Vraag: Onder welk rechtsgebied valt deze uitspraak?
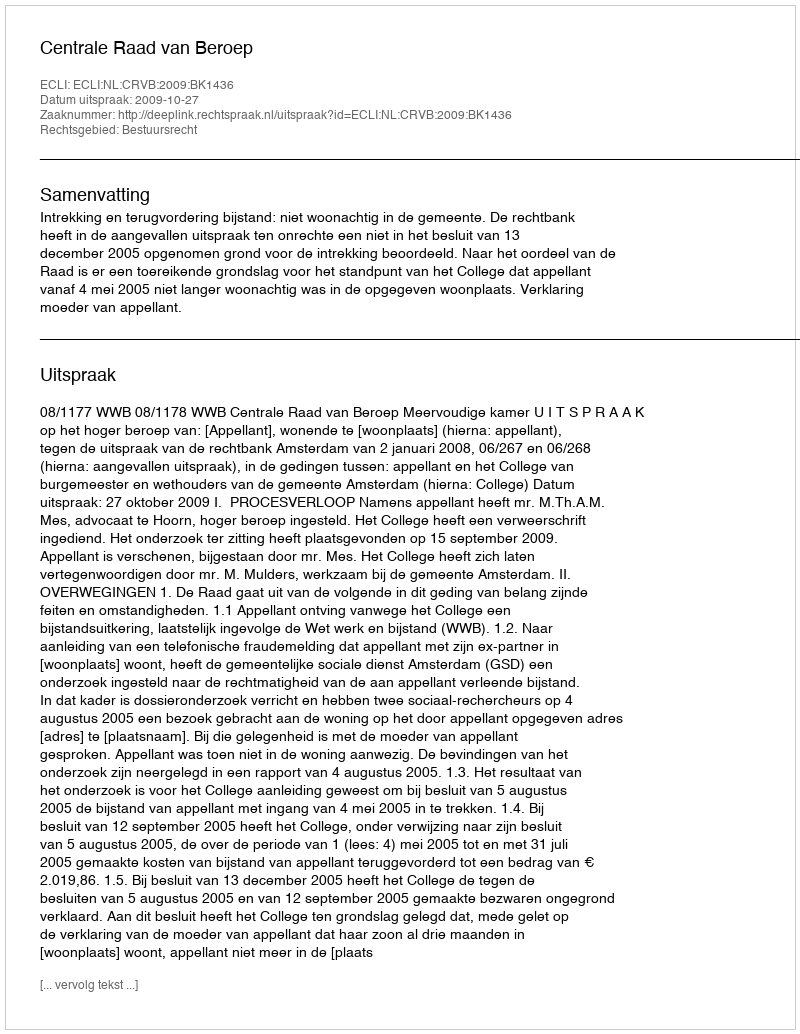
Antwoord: Bestuursrecht